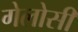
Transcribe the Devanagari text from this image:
गेलोसी